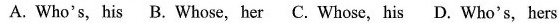
A. Who's, his B. Whose,her C. Whose,his D. Who's,hers